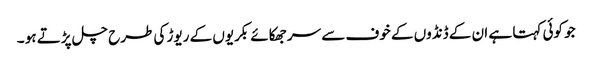
جو کوئی کہتا ہے ان کے ڈنڈوں کے خوف سے سر جھکائے بکریوں کے ریوڑ کی طرح چل پڑتے ہو ۔